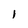
Character: l